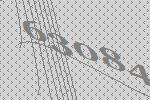
63084